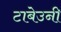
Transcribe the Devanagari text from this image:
टाबेउनी